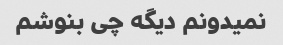
نمیدونم دیگه چی بنوشم